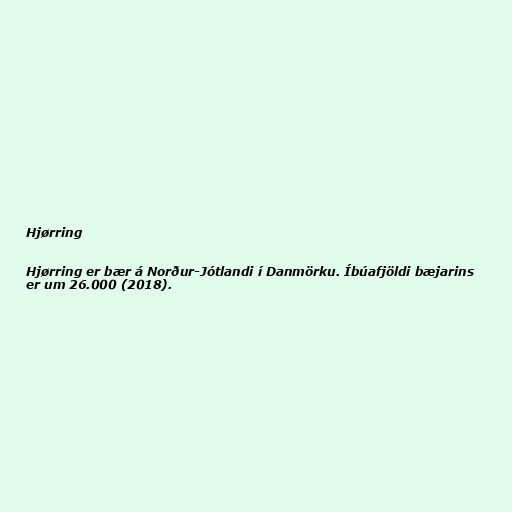
Hjørring

Hjørring er bær á Norður-Jótlandi í Danmörku. Íbúafjöldi bæjarins
er um 26.000 (2018).